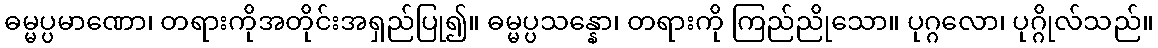
ဓမ္မပ္ပမာဏော၊ တရားကိုအတိုင်းအရှည်ပြု၍။ ဓမ္မပ္ပသန္နော၊ တရားကို ကြည်ညိုသော။ ပုဂ္ဂလော၊ ပုဂ္ဂိုလ်သည်။